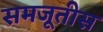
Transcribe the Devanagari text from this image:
समजूतीस